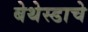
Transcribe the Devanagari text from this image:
बेथेस्डाचे